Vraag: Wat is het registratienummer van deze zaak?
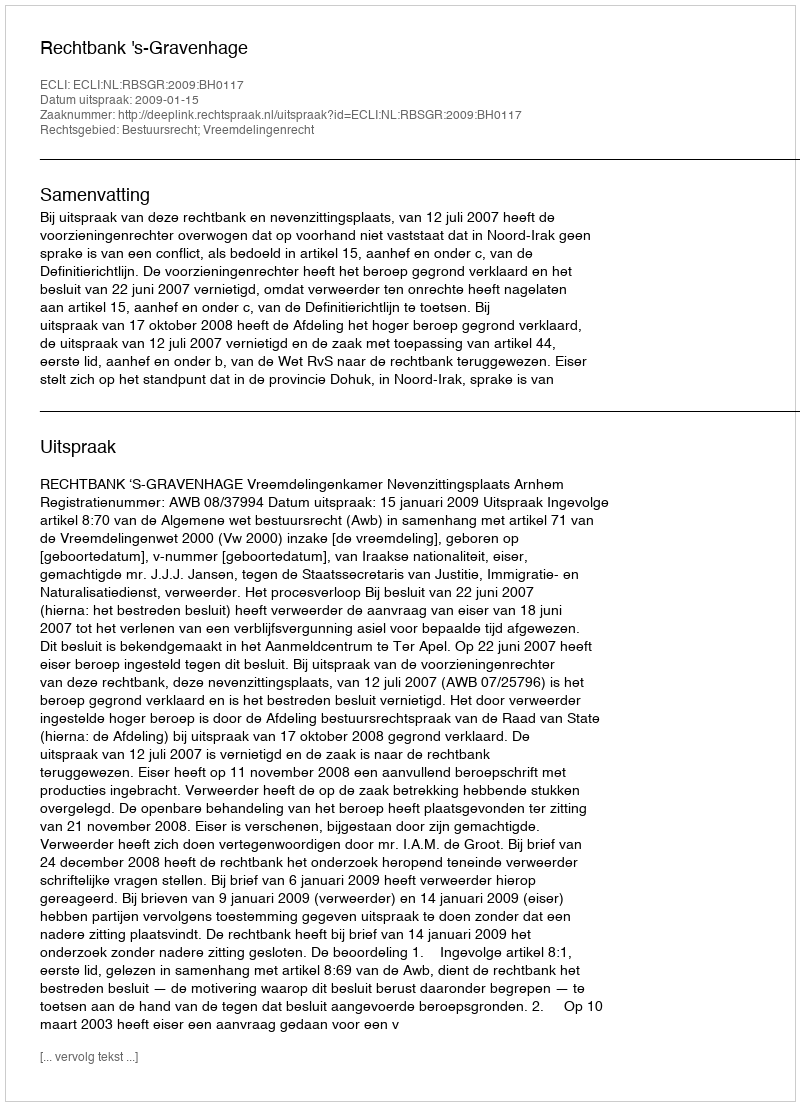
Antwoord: http://deeplink.rechtspraak.nl/uitspraak?id=ECLI:NL:RBSGR:2009:BH0117